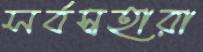
সর্বস্বহারা